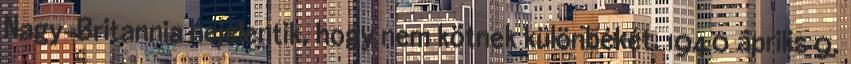
Nagy-Britannia bejelentik, hogy nem kötnek különbékét. 1940 április 9.